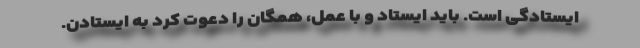
ایستادگی است. باید ایستاد و با عمل، همگان را دعوت کرد به ایستادن.